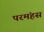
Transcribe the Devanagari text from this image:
परमंहस